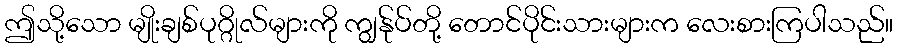
ဤသို့သော မျိုးချစ်ပုဂ္ဂိုလ်များကို ကျွန်ုပ်တို့ တောင်ပိုင်းသားများက လေးစားကြပါသည်။